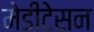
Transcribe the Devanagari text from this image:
मेडीटेसन